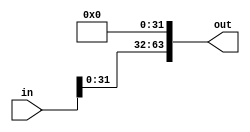
module shift(in,out);
input [63:0] in;
output [63:0] out;

assign out = {in[62:0],0};

endmodule